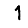
Digit: 1